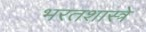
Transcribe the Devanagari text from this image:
भरतशास्त्रे